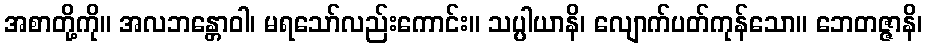
အစာတို့ကို။ အလဘန္တောဝါ၊ မရသော်လည်းကောင်း။ သပ္ပါယာနိ၊ လျောက်ပတ်ကုန်သော။ ဘေတဇ္ဇာနိ၊